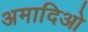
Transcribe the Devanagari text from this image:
अमादिओ